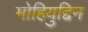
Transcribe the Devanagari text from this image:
मोहियुद्दिन